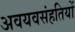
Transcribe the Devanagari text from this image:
अवयवसंहतियों